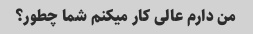
من دارم عالی کار میکنم شما چطور؟